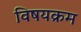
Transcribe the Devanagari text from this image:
विषयक्रम